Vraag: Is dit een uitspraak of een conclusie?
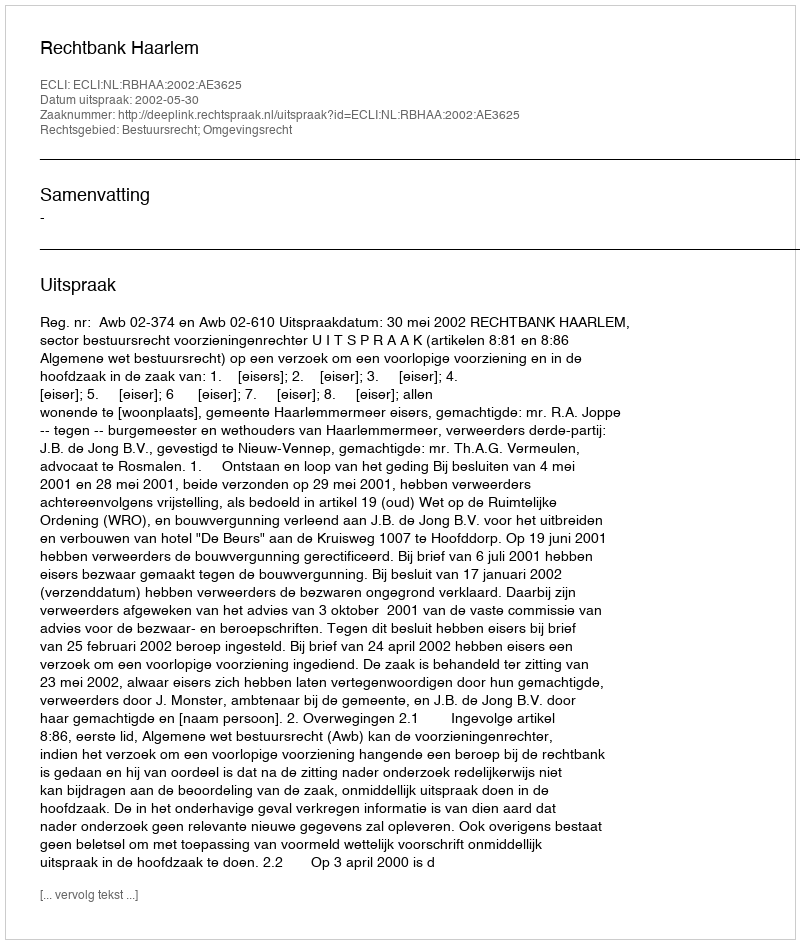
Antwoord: Uitspraak